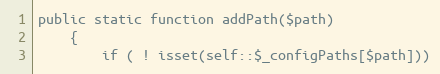
Language: PHP
public static function addPath($path)
    {
        if ( ! isset(self::$_configPaths[$path]))